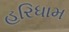
હરિધામ